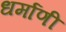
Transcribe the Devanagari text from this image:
धर्माणी